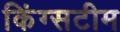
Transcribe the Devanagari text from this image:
किंग्सटीम